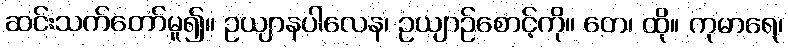
ဆင်းသက်တော်မူ၍။ ဥယျာနပါလေန၊ ဥယျာဉ်စောင့်ကို။ တေ၊ ထို။ ကုမာရေ၊